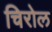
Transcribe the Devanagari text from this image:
चिरोल